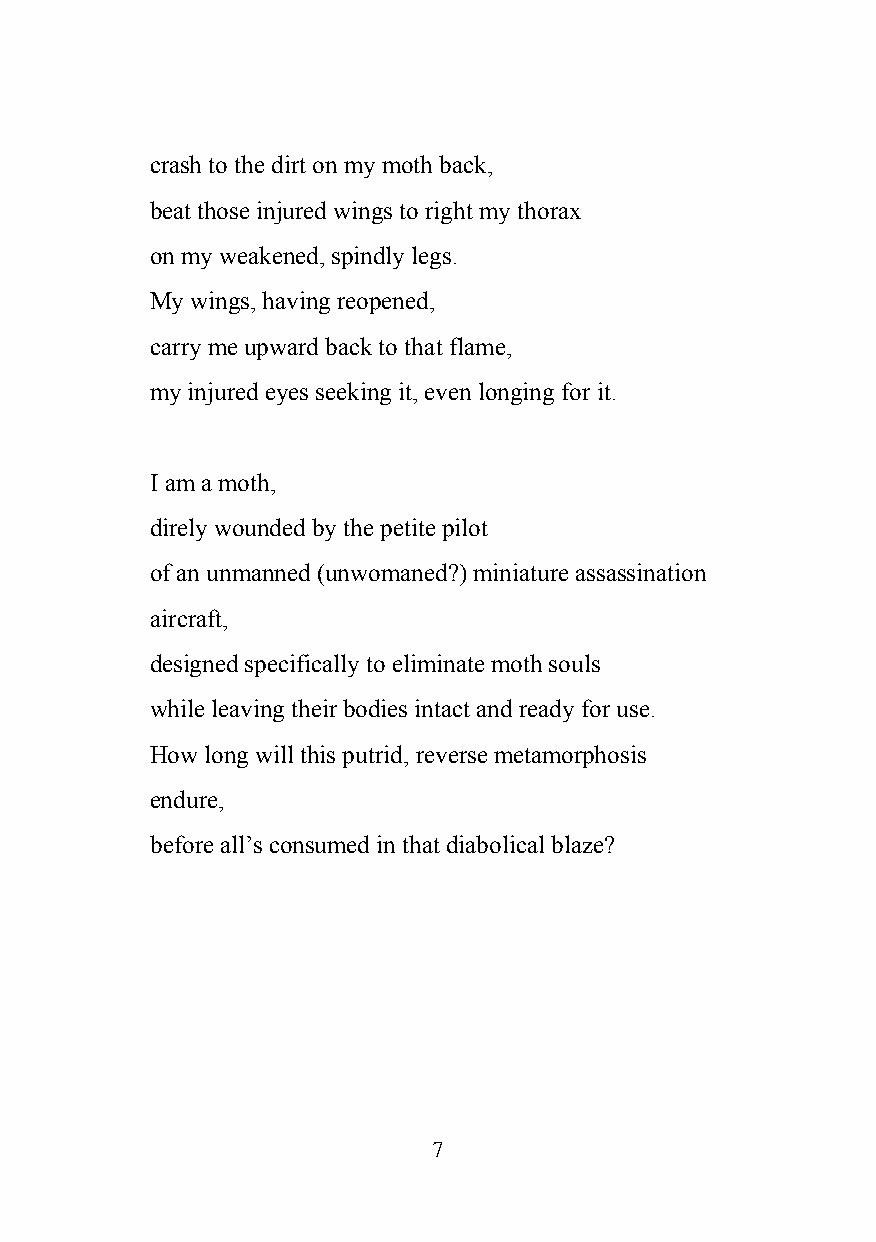
crash to the dirt on my moth back,
 beat those injured wings to right my thorax
 on my weakened, spindly legs.
 My wings, having reopened,
 carry me upward back to that flame,
 my injured eyes seeking it, even longing for it.
 I am a moth,
 direly wounded by the petite pilot
 of an unmanned (unwomaned?) miniature assassination
 aircraft,
 designed specifically to eliminate moth souls
 while leaving their bodies intact and ready for use.
 How long will this putrid, reverse metamorphosis
 endure,
 before all’s consumed in that diabolical blaze?
 7